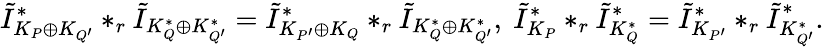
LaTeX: \tilde{I}_{K_{P}\oplus K_{Q^{\prime}}}^{*}*_{r}\tilde{I}_{K_{Q}^{*}\oplus K_{Q^{\prime}}^{*}}=\tilde{I}_{K_{P^{\prime}}\oplus K_{Q}}^{*}*_{r}\tilde{I}_{K_{Q}^{*}\oplus K_{Q^{\prime}}^{*}},\ \tilde{I}_{K_{P}}^{*}*_{r}\tilde{I}_{K_{Q}^{*}}^{*}=\tilde{I}_{K_{P^{\prime}}}^{*}*_{r}\tilde{I}_{K_{Q^{\prime}}^{*}}^{*}.